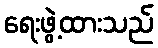
ရေးဖွဲ့ထားသည်